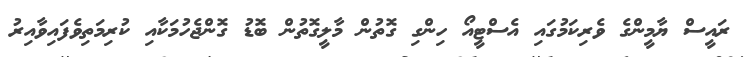
ރައީސް ޔާމީންގެ ވެރިކަމުގައި އެސްޓީއޯ ހިންގި ގޮތުން މާލީގޮތުން ބޮޑު ގޮންޖެހުމަކާއި ކުރިމަތިވެފައިވާއިރު